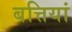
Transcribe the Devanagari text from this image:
बत्तियां